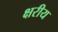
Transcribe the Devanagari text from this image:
क्षरीय